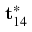
\mathbf { t } _ { 1 4 } ^ { \ast }